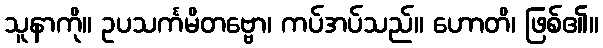
သူနာကို။ ဥပသင်္ကမိတဗ္ဗော၊ ကပ်အပ်သည်။ ဟောတိ၊ ဖြစ်၏။